Report of the Hyderabad Chloroform Commission
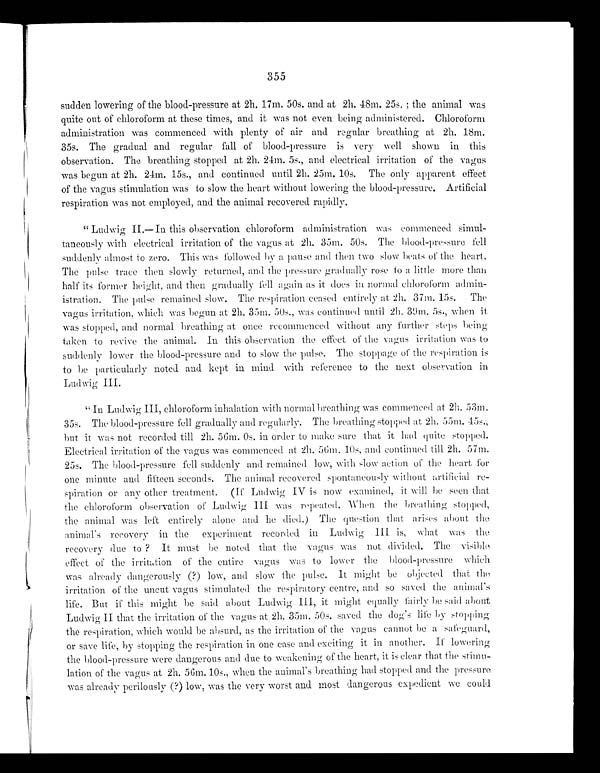
355
sudden lowering of the blood-pressure at 2h. 17m. 50s. and at 2h. 48m. 25s. ; the animal was
quite out of chloroform at these times, and it was not even being administered. Chloroform
administration was commenced with plenty of air and regular breathing at 2h. 18m.
35s. The gradual and regular fall of blood-pressure is very well shown in this
observation. The breathing stopped at 2h. 24m. 5s., and electrical irritation of the vagus
was begun at 2h. 24m. 15s., and continued until 2h. 25m. 10s. The only apparent effect
of the vagus stimulation was to slow the heart without lowering the blood-pressure. Artificial
respiration was not employed, and the animal recovered rapidly.
" Ludwig II.-In this observation chloroform administration was commenced simul-
taneously with electrical irritation of the vagus at 2h. 35m. 50s. The blood-pressure fell
suddenly almost to zero. This was followed by a pause and then two slow beats of the heart.
The pulse trace then slowly returned, and the pressure gradually rose to a little more than
half its former height, and then gradually fell again as it does in normal chloroform admin-
istration. The pulse remained slow. The respiration ceased entirely at 2h. 37m. 15s. The
vagus irritation, which was begun at 2h. 35m. 50s., was continued until 2h. 39m. 5s., when it
was stopped, and normal breathing at once recommenced without. any further steps being
taken to revive the animal. In this observation the effect of the vagus irritation. was to
suddenly lower the blood-pressure and to slow the pulse. The stoppage of the respiration is
to be particularly noted and kept in mind with reference to the next observation in
Ludwig III.
" In Ludwig III, chloroform inhalation with normal breathing was commenced at 2h. 53m.
35s. The blood-pressure fell gradually and regularly. The breathing stopped at 2h. 55m. 45s.,
but it was not recorded till 2h. 56m. Os. in order to make sure that it had quite stopped.
Electrical irritation of the vagus was commenced at 2h. 56m. 10s, and continued till 2h. 57m.
25s. The blood-pressure fell suddenly and remained low, with slow action of the heart for
one minute and fifteen seconds. The animal recovered spontaneously without artificial re-
spiration or any other treatment. (If Ludwig IV is now examined, it will be seen that
the chloroform observation of Ludwig III was repeated. - When the breathing stopped,
the animal was left entirely alone and he died.) The question that arises about the
animal's recovery in the experiment recorded in Ludwig III is, what was the
recovery due to ? It must be noted that the vagus was not divided. The visible
effect of the irritation of the entire vagus was to lower the blood-pressure which
was already dangerously (?) low, and slow the pulse. It might be objected that the
irritation of the uncut vagus stimulated the respiratory centre, and so saved the animal's
life. But if this might be said about Ludwig III, it might equally fairly be sail about
Ludwig II that the irritation of the vagus at 2h. 35m. 50s. saved the dog's life by stopping
the respiration, which would be absurd, as the irritation of the vagus cannot be a saf e guard,
or save life, by stopping the respiration in one case and exciting it in another. If lowering
the blood-pressure were dangerous and due to weakening of the heart, it is clear that the stimu-
lation of the vagus at 2h. 56m. 10s., when the animal's breathing had stopped and the pressure
was already perilously (?) low, was the very worst and most dangerous expedient we could